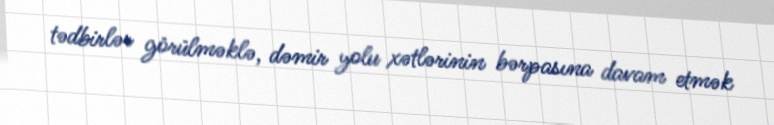
tədbirlər görülməklə, dəmir yolu xətlərinin bərpasına davam etmək